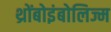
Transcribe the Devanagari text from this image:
थ्रोंबोइंबोलिज्म